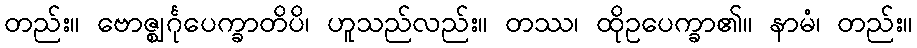
တည်း။ ဗောဇ္ဈင်္ဂုပေက္ခာတိပိ၊ ဟူသည်လည်း။ တဿ၊ ထိုဥပေက္ခာ၏။ နာမံ၊ တည်း။